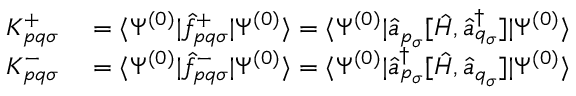
\begin{array} { r l } { K _ { p q \sigma } ^ { + } } & { { } = \langle \Psi ^ { ( 0 ) } | \hat { f } _ { p q \sigma } ^ { + } | \Psi ^ { ( 0 ) } \rangle = \langle \Psi ^ { ( 0 ) } | \hat { a } _ { p _ { \sigma } } [ \hat { H } , \hat { a } _ { q _ { \sigma } } ^ { \dagger } ] | \Psi ^ { ( 0 ) } \rangle } \\ { K _ { p q \sigma } ^ { - } } & { { } = \langle \Psi ^ { ( 0 ) } | \hat { f } _ { p q \sigma } ^ { - } | \Psi ^ { ( 0 ) } \rangle = \langle \Psi ^ { ( 0 ) } | \hat { a } _ { p _ { \sigma } } ^ { \dagger } [ \hat { H } , \hat { a } _ { q _ { \sigma } } ] | \Psi ^ { ( 0 ) } \rangle } \end{array}